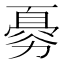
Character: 𠢨